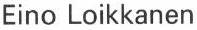
Eino Loikkanen